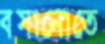
বসানোতে